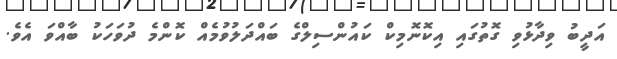
އަދީބު ވިދާޅުވި ގޮތުގައި އިކޮނޮމިކް ކައުންސިލްގެ ބައްދަލުވުމެއް ކޮންމެ ދުވަހަކު ބާއްވަ އެވެ.